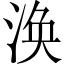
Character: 涣